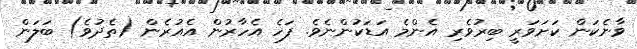
ވާނެކަން ކަށަވަރީ ބިރުވެރި އެންމެ އަޑަކުންނެވެ. ފަހެ އެހާރުން އެއުރެން (ތެދުވެ) ބަލަން